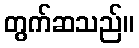
တွက်ဆသည်။